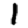
Digit: 1